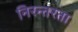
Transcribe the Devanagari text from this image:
निरन्‍तरता